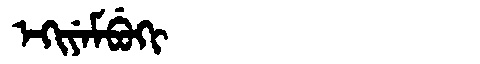
Manchu: ᡝᡴᡳᠶᡝᠮᠪᡠᡴᡳ
Romanization: EKIYEMBUKI